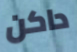
داكن